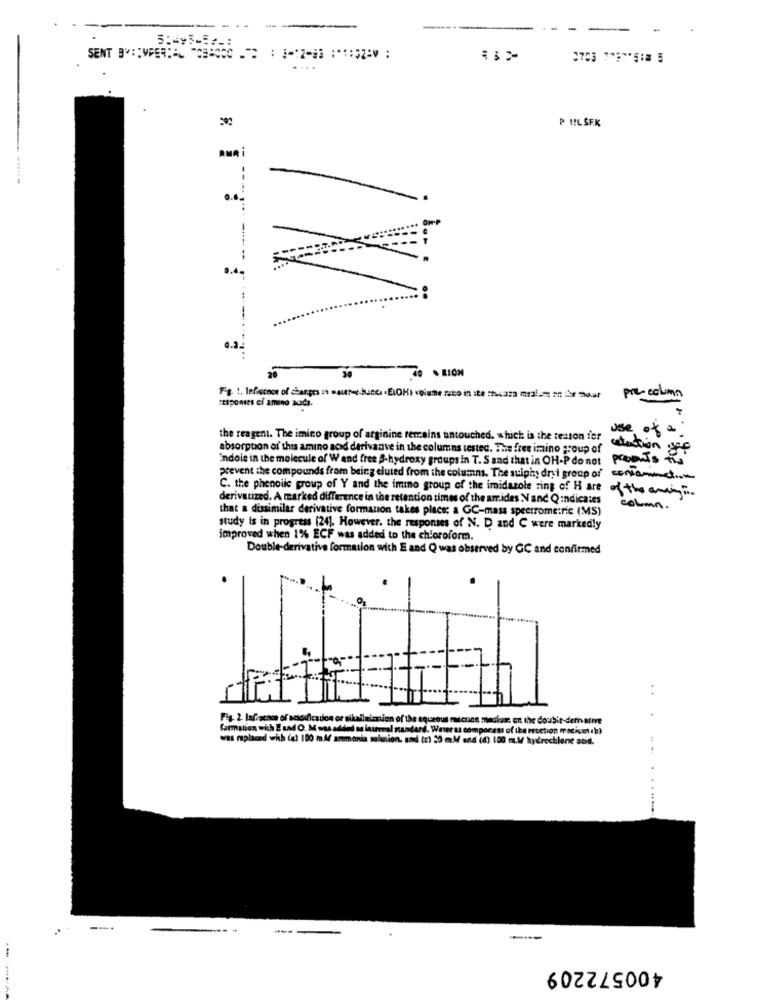
..
P HILSE.K
.....
-
9.4.
0.2.
pre- column
responses ci amino acids.
use of a
the reagent. The imino group of arginine remains untouched. which is the testson fer
absorption of this amino acid derivaave in the columns tested. The free imino group of
solution gop
Indole in the molecule of Wand free S-hydroxy groups in T. S and that in OH-P do not
presents the
prevent the compounds from being eluted from the columns. The suipig dryi group of content
C. the phenolic group of Y and the imino group of the imidazole ring of Hare of the anda.
derivatized. A marked difference in the retention times of the amides N and Q indicates
that a dissimilar derivative formanon takes place: a GC-mass spectrometric (MS)
column.
study is in progress [24]. However, the responses of N. D and C were markedly
improved when 1% ECF was added to the chloroform.
Double-derivative formation with E and Q was observed by GC and confirmed
. .
Fig. 2. Lafiscnos of scsoification or sikalini
schon rossium on the doubit-dem ative
formation with E und O. M osaadded as inurmal
was replaced with (e) 100 m.Af ammonia solution. and (c) 20 m.M
ma.W hydrochlone stid.
----
400572209